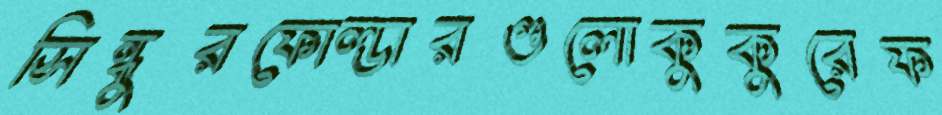
সিন্ধুরফোল্ডারগুলোকুকুরেফ